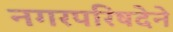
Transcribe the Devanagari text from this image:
नगरपरिषदेने